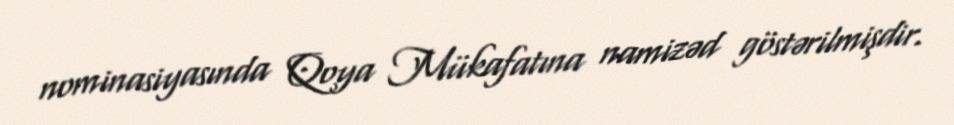
nominasiyasında Qoya Mükafatına namizəd göstərilmişdir.